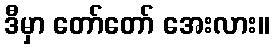
ဒီမှာ တော်တော် အေးလား။